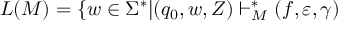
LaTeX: L ( M ) = \{ w \in \Sigma ^ { * } | ( q _ { 0 } , w , Z ) \vdash _ { M } ^ { * } ( f , \varepsilon , \gamma )